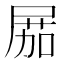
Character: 𡲢